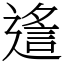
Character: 䢣